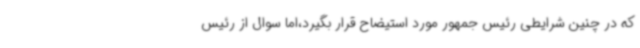
که در چنین شرایطی رئیس جمهور مورد استیضاح قرار بگیرد،اما سوال از رئیس